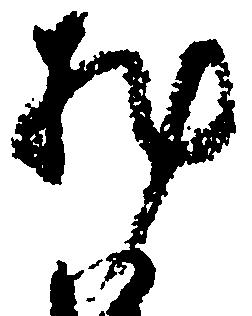
料